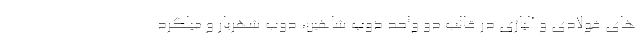
های فولادی و آلیاژی در قالب دو واحد ذوب شاهین، ذوب شهریار و میلگرد